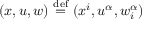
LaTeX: ( x , u , w ) \ { \stackrel { \mathrm { d e f } } { = } } \ ( x ^ { i } , u ^ { \alpha } , w _ { i } ^ { \alpha } )